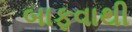
બાફવાથી